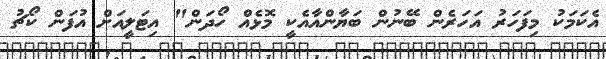
އެކަމަކު މިފަހަރު އަހަރެން ބޭނުން ބަޔާންއާއެކީ މޮޅެއް ހޯދަން" އިޓަލީއަށް އުފަން ކޯޗު